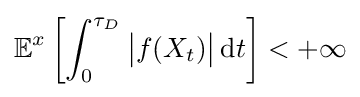
\mathbb {E} ^{x}\left[\int _{0}^{\tau _{D}}{\big |}f(X_{t}){\big |}\,\mathrm {d} t\right]<+\infty